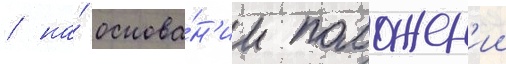
/ на́ основа́н'ии положен'ии